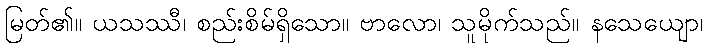
မြတ်၏။ ယသဿီ၊ စည်းစိမ်ရှိသော။ ဗာလော၊ သူမိုက်သည်။ နသေယျော၊